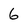
Character: 6